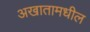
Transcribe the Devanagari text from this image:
अखातामधील